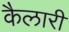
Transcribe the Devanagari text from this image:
कैलारी